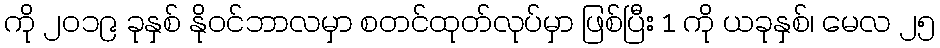
ကို ၂၀၁၉ ခုနှစ် နိုဝင်ဘာလမှာ စတင်ထုတ်လုပ်မှာ ဖြစ်ပြီး 1 ကို ယခုနှစ်၊ မေလ ၂၅